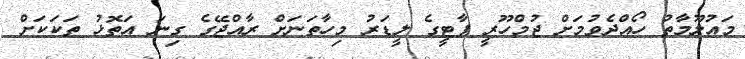
މައުލޫމާތު ހޯއްދެވުމަށް ޖުމްހޫރީ ޕާޓީގެ ލީޑަރު މިހާތަނަށް ރާއްޖޭގެ ގިނަ އަތޮޅު ތަކަކަށް